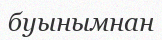
буынымнан